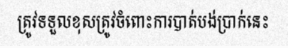
ត្រូវទទួលខុសត្រូវចំពោះការបាត់បង់ប្រាក់នេះ